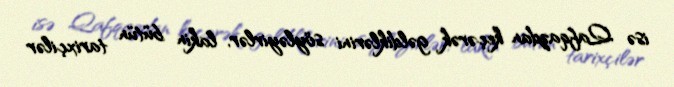
isə Qafqazdan keçərək gəldiklərini söyləyirlər, lakin bütün tarixçilər